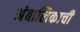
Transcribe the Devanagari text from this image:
अंबालिकाची